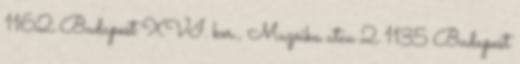
1162 Budapest XVI. ker., Muzsika utca 2 1135 Budapest